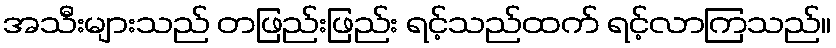
အသီးများသည် တဖြည်းဖြည်း ရင့်သည်ထက် ရင့်လာကြသည်။